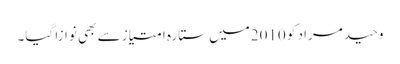
وحید مراد کو 2010میں ستارہ امتیاز سے بھی نوازا گیا۔